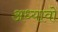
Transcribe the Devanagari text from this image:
अध्यावो